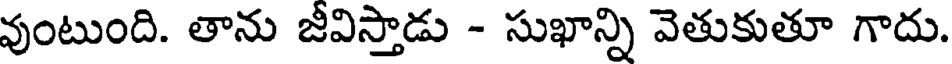
వుంటుంది. తాను జీవిస్తాడు - సుఖాన్ని వెతుకుతూ గాదు.